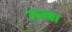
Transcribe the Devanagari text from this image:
सम्बा